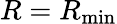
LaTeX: R=R_{\mathrm{min}}